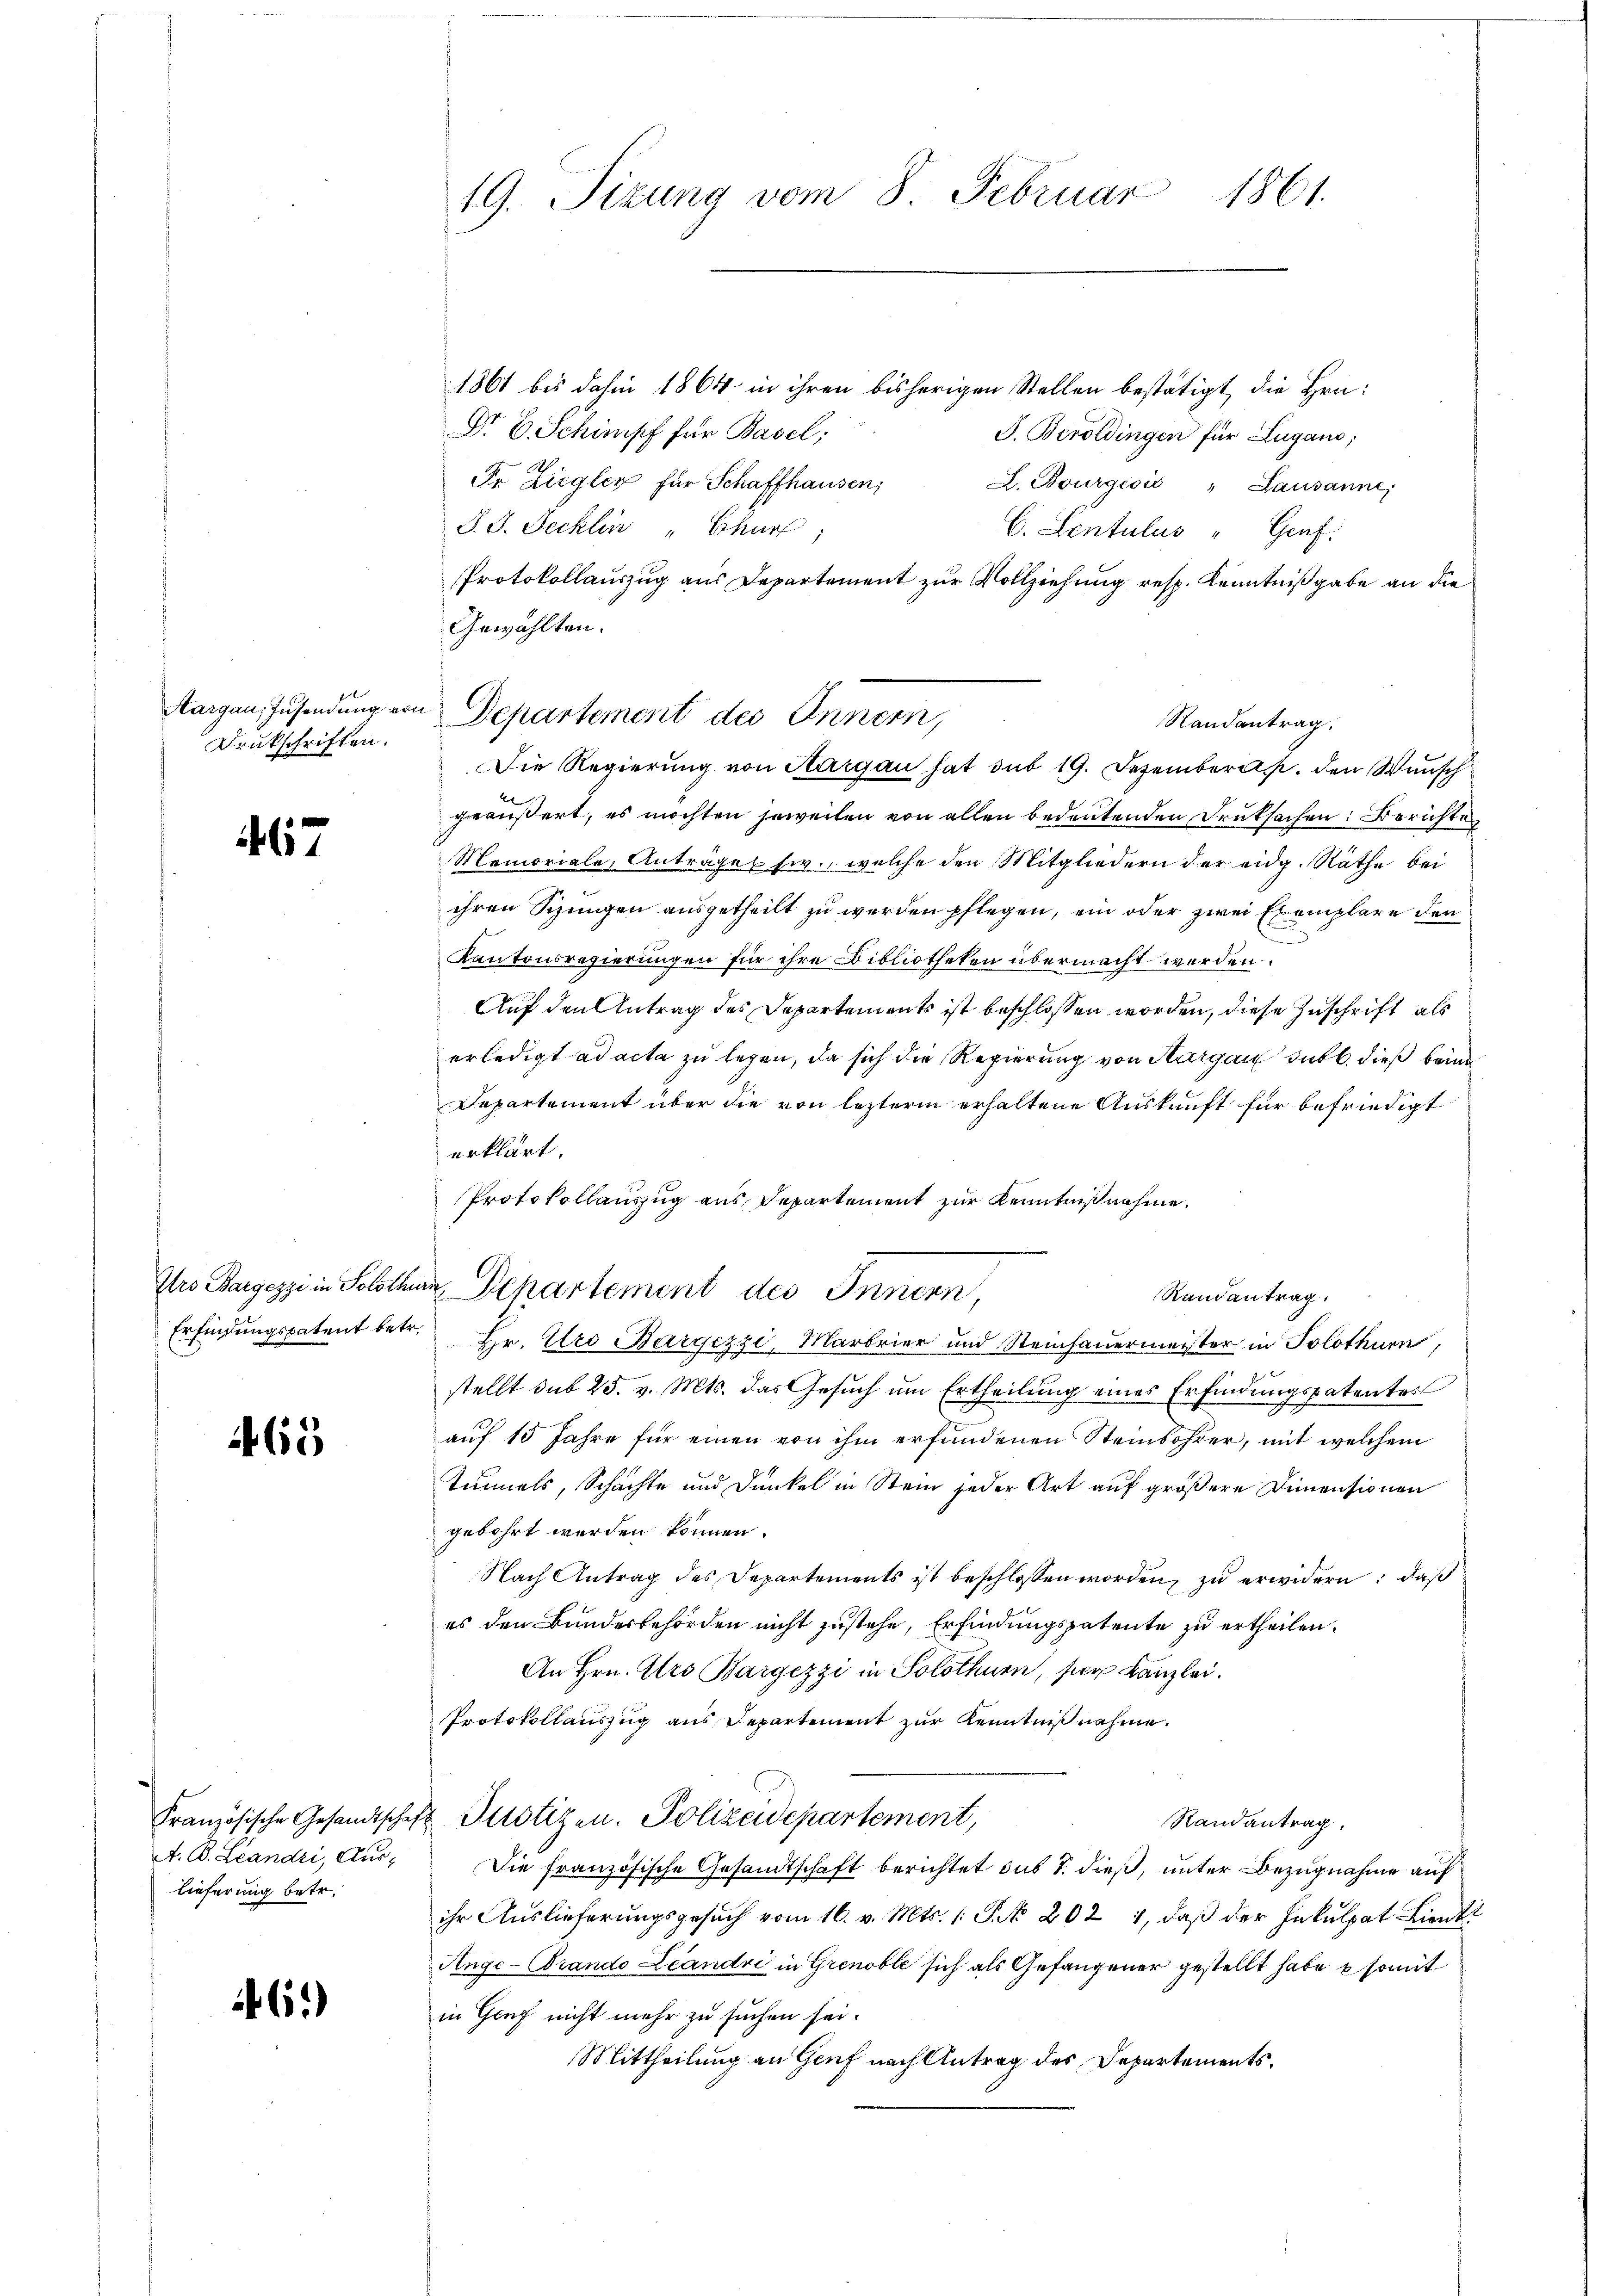
Aargau, Zusendung von
Drukschriften.

467

65

A. B. Landri, Auslieferung betr.

.61)

19. Sizung vom 8. Februar 1861.

1861 bis dahin 1864 in ihren bisherigen Stellen bestätigt, die Hrn.
Dr E. Schinisch für Basel;
J. Beroldingen für Lugano,
Fr. Ziegler für Schaffhausen,
A. Bourgeoić " Lausanne,
J. J. Jecklin " Churf
C. Sentulus "Graf
Protokollauszug aus Departement zur Vollziehung resp. Kenntnißgabe an die
Gewählten.
Randantrag.
Die Regierung von Aargau hat sub 19. Dezember den Wunsch
geäußert, es möchten jeweilen von allen bedeutenden Druksachen: Berichtes
Memoriale, Anträget siv., welche den Mitgliedern der eidg. Räthe bei
ihren Schungen ausgetheilt zu werden pflegen, ein oder zwei Exemplare den
u
Kantonsregierungen für ihre Bibliotheken übermacht werden.
Auf den Antrag des Departements ist beschlossen worden, diese Zuschrift als
erledigt ad acta zu legen, da sich die Regierung von Aargau sub b. dieß beim
Departement über die von lezterm erhaltene Auskunft für befriedigt
erklärt.
Protokollanzug aus Departement zur Kenntnißnahme.
Iro Bargezzi in Solothur Departement des Innern,
Randantrag.
Erfindungspatent betr. Hr. Uro Bargezzi, Marbrier und Steinhauermeister in Solothurn,
stellt sub 25. v. Mts. das Gesuch um Ertheilung eines Erfindungspatentes
auf 15 Jahre für einen von ihm erfundenen Steinbohrer, mit welchem
tunnels, Schachte und Dunkel in Stein jeder Art auf größere Dimensionen
gebohrt werden können.
Nach Antrag des Departements ist beschlossen worden, zu erwidern, daß
es den Bundesbehörden nicht zustehe, Erfindungspatente zu ertheilen.
An Hrn. Ers Bargezzi in Solothurn, ser Kanzlei.
Protokollauszug aus Departement zur Kenntnißnahme.
Französische Gesandtschaft Plotizen. Polizeidepartement,
Randantrag.
Die französische Gesandtschaft berichtet sub 1. dieß, unter Bezugnahme auf
ihr Auslieferungsgesuch vom 16. v. Mts. (: P. No. 202 1, daß der Inkulpat Lienti
Ange-Brando Leandri in Grenoble sich als Gefangener gestellt habe, e somit
in Genf nicht mehr zu suchen sei.
Mittheilung an Genf nach Antrag des Departements.

Departement des Innern,